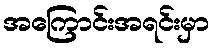
အကြောင်းအရင်းမှာ